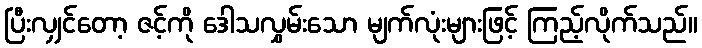
ပြီးလျှင်တော့ ဇင့်ကို ဒေါသလွှမ်းသော မျက်လုံးများဖြင့် ကြည့်လိုက်သည်။